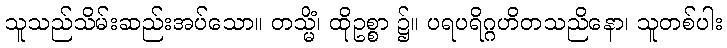
သူသည်သိမ်းဆည်းအပ်သော။ တသ္မိံ၊ ထိုဥစ္စာ ၌။ ပရပရိဂ္ဂဟိတသညိနော၊ သူတစ်ပါး